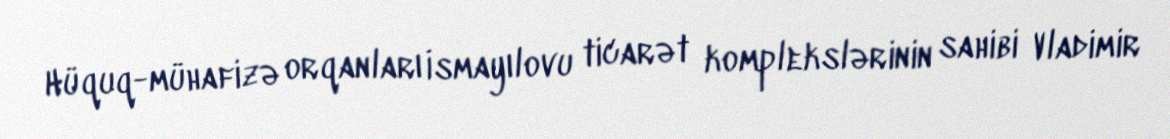
Hüquq-mühafizə orqanları İsmayılovu ticarət komplekslərinin sahibi Vladimir